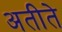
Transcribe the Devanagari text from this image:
अतीते